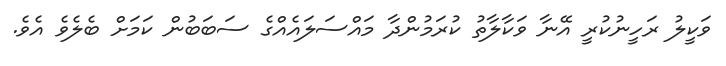
ވަކީލު ރަހީނުކުރީ އޭނާ ވަކާލާތު ކުރަމުންދާ މައްސަލައެއްގެ ސަބަބުން ކަމަށް ބެލެވެ އެވެ.